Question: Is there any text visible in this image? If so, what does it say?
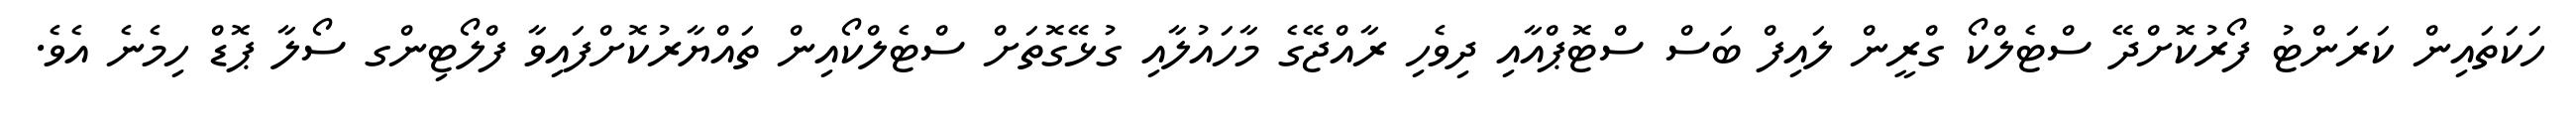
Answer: ހަކަތައިން ކަރަންޓު ފޯރުކޮށްދޭ ސްޓެލްކޯ ގްރީން ލައިފް ބަސް ސްޓޮޕްއާއި ދިވެހި ރާއްޖޭގެ މާހައުލާއި ގުޅޭގޮތަށް ސްޓެލްކޯއިން ތައްޔާރުކޮށްފައިވާ ފްލޯޓިންގ ސޯލާ ޕޮޑް ހިމެނެ އެވެ.